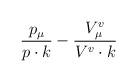
LaTeX: \begin{align*}\frac{p_\mu}{p\cdot k} -\frac{V^v_\mu}{V^v\cdot k}\end{align*}